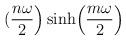
LaTeX: \begin{align*}({n\omega \over 2}\Bigr ) \sinh \Bigl ({m\omega \over 2}\Bigr)\end{align*}